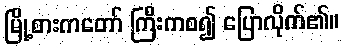
မြို့စားကတော် ကြီးကစ၍ ပြောလိုက်၏။